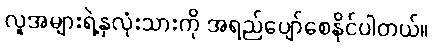
လူအများရဲ့နှလုံးသားကို အရည်ပျော်စေနိုင်ပါတယ်။